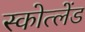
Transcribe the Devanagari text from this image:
स्कोत्लेंड